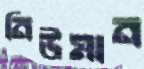
নিউমান